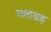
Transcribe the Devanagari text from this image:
मताग्रह